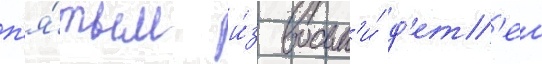
п'я́тым и́з восьм'и́ д'ет'еи